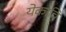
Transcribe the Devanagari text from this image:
येकाचि